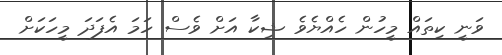
ވަނީ ކިތައް މީހުން ހެއްޔެވެ ޝިކާ އަށް ވެސް ހަމަ އެފަދަ މީހަކަށް